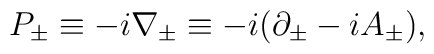
P_{\pm }\equiv -i\nabla _{\pm }\equiv -i(\partial _{\pm }-iA_{\pm }),